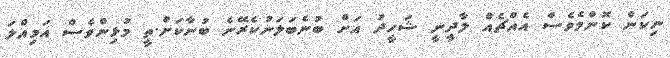
ނިކަން ކޮންމެވެސް އެއްޗެއް ލާދީނީ ޝަހީދު އަށް ބުނެބަލަނުކެރޭނެ ބުނާކަށް.ތީ މުޅިންވެސް އަމިއްލަ